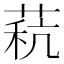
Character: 𰱧